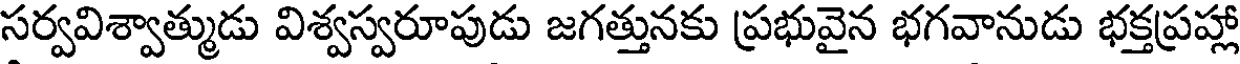
సర్వవిశ్వాత్ముడు విశ్వస్వరూపుడు జగత్తునకు ప్రభువైన భగవానుడు భక్తప్రహ్లా